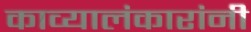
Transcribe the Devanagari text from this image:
काव्यालंकारांनी